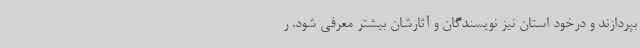
بپردازند و درخود استان نیز نویسندگان و آثارشان بیشتر معرفی شود. ر